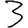
Digit: 3